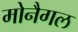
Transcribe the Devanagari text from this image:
मोनैगल